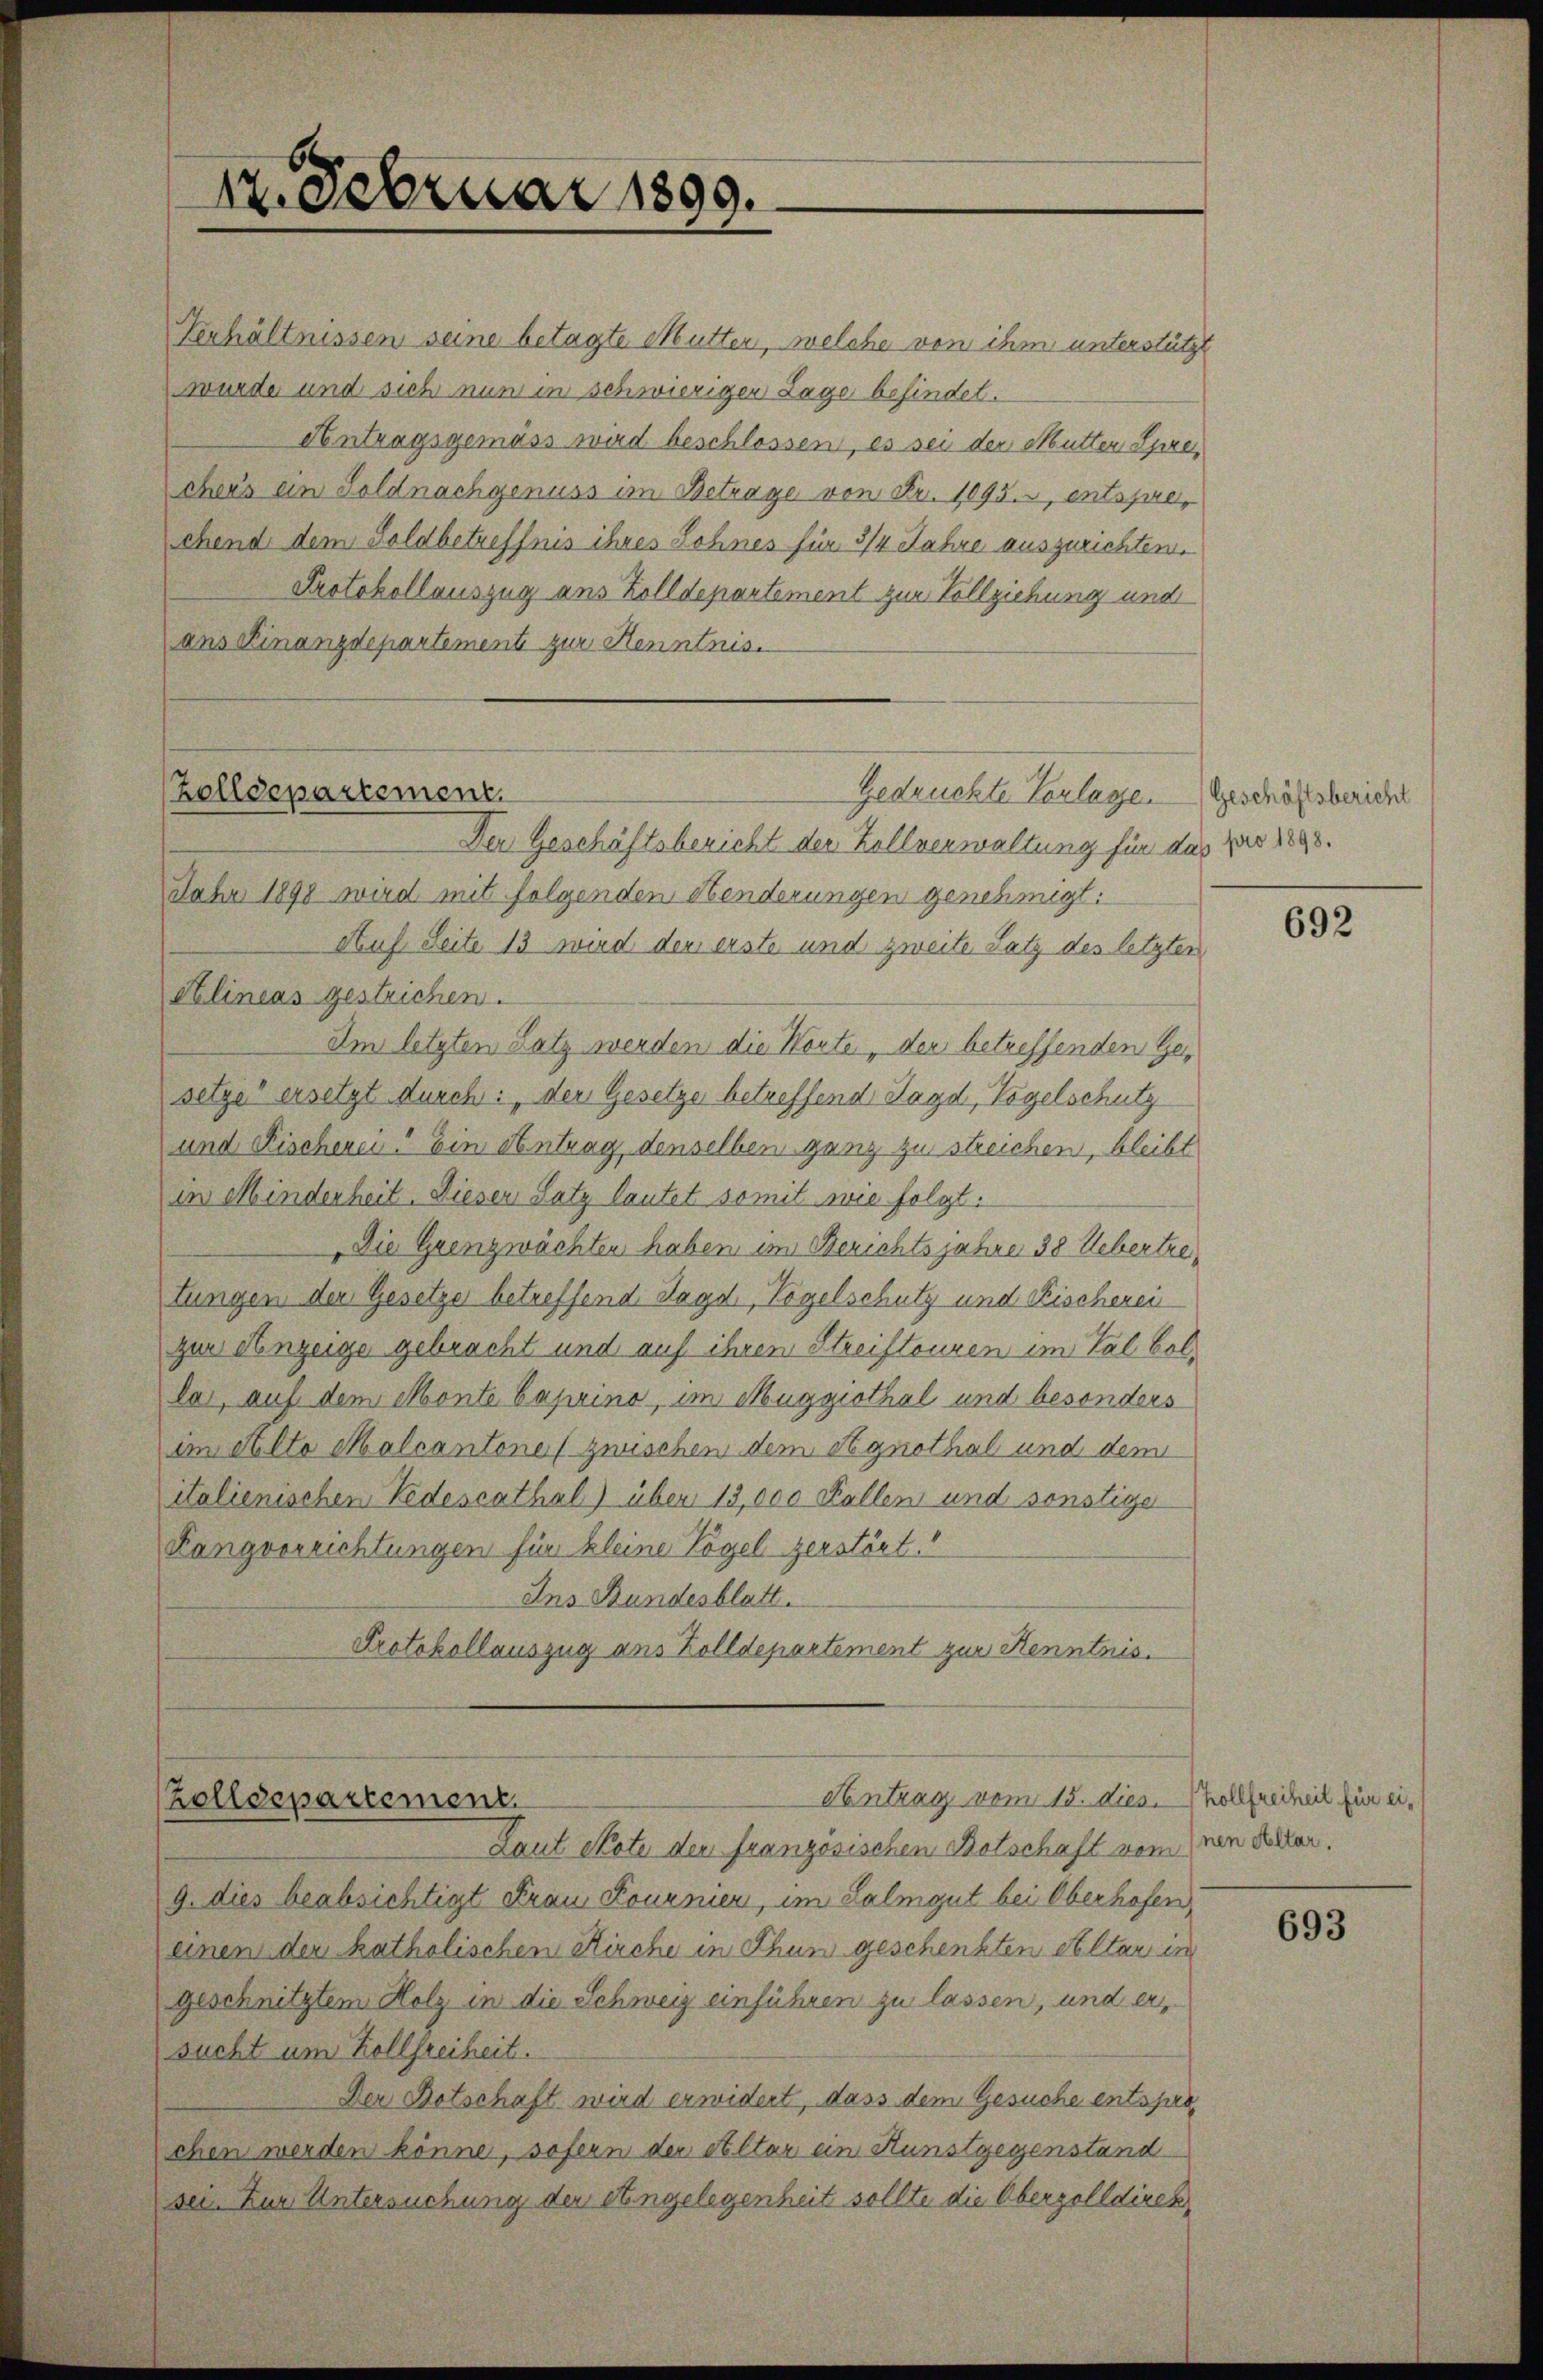
12. Februar 1899.

Verhältnissen seine betagte Mutten, welche von ihm unterstützt
wurde und sich nun in schwieriger Lage befindet.
Antragsgemäss wird beschlossen, es sei der Mutter Sprei
chens ein Soldnachgenuss im Betrage von Fr. 1095. entsprechend dem Goldbetreffnis ihres Sohnes für 3/4 Jahre auszurichten.
Protokollauszug aus Zolldepartement zur Vollziehung und
ans Finanzdepartement zur Kenntnis.

Zolldepartement.
Gedrückte Vorlage. Geschäftsbericht

Antrag vom 15. dies hollfreiheit für ei¬
Zolldepartement

Der Geschäftsbericht der Zollverwaltung für das pro 1898.
Jahr 1898 wird mit folgenden Henderungen genehmigt:
Auf Seite 13 wird den erste und zweite Satz des letzter
Alineas gestrichen.
Im letzten Satz werden die Worte der betreffenden Gesetze ersetzt durch: „der Gesetze betreffend Jagd, Vogelschutz
und Fischerei? Ein Antrag, denselben ganz zu streichen, bleibt
in Minderheit. Dieser Satz lautet somit wie folgt.
Die Grenzwachten haben im Berichtsjahre 38 Uebertretungen der Gesetzer betreffend Jagd, Vogelschutz und Fischeren
zur Anzeige gebracht und auf ihren Streiftouren im Tal bollar, auf dem Monte Caprino, im Muggithal und besonders
im Alte Malcantone (zwischen dem Agnothal und dem
italienischen Pedescathal) über 13,000 Fallen und sonstige
Rangvorrichtungen für kleine Vogel zerstört.“
Ins Bundesblatt.
Protokollauszug ans Zolldepartement zur Kenntnis.

Laut Note der französischen Botschaft vom neu decker.
9. dies beabsichtigt Frau Lournier, im Lalmgut bei Oberhofen,
einen der katholischen Kirche in Thun geschenkten Altar in
geschnitztem Holz in die Schweiz einführen zu lassen, und er
sucht um Kollfreiheit.
Der Botschaft wird erwidert, dass dem Gesuche entspro
chen werden könne, sofern der Altar ein Kunstgegenstand
sei. Zur Untersuchung der Angelegenheit sollte die Oberzolldirek

692

693